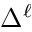
\Delta ^ { \ell }